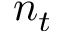
n _ { t }